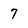
Character: 7